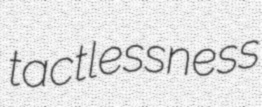
tactlessness